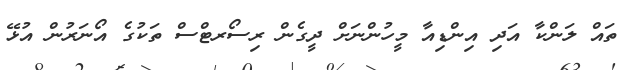
ތައް ލަންކާ އަދި އިންޑިއާ މީހުންނަށް ދީގެން ރިސޯރޓްސް ތަކުގެ އޯނަރުން އުޅޭ